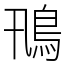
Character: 鳵